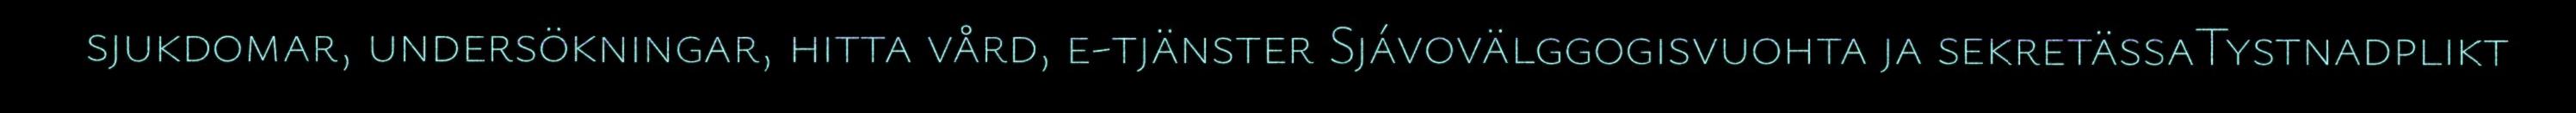
sjukdomar, undersökningar, hitta vård, e-tjänster Sjávovälggogisvuohta ja sekretässaTystnadplikt